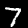
Digit: 7